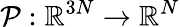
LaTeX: \mathcal{P}:\mathbb{R}^{3N}\to\mathbb{R}^{N}